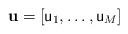
LaTeX: \begin{align*} \mathbf{u}=[\textsf{u}_1,\dots,\textsf{u}_M] \end{align*}